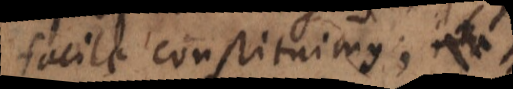
facile constituimus;